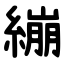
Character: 繃